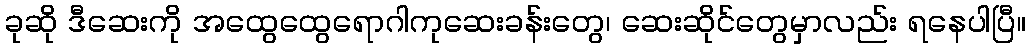
ခုဆို ဒီဆေးကို အထွေထွေရောဂါကုဆေးခန်းတွေ၊ ဆေးဆိုင်တွေမှာလည်း ရနေပါပြီ။